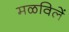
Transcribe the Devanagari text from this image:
मळविलें